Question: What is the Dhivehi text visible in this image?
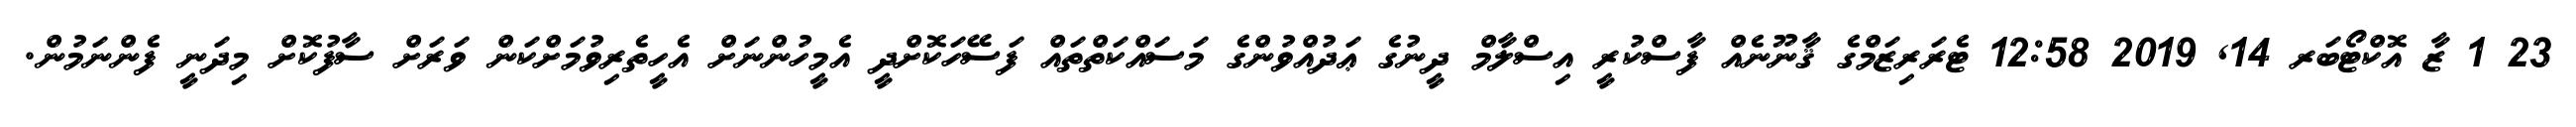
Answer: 23 1 ޒާ އޮކްޓޯބަރ 14, 2019 12:58 ޓެރަރިޒަމްގެ ޤާނޫނެއް ފާސްކުރީ އިސްލާމް ދީނުގެ ޢަދުއްވުންގެ މަސައްކަތްތައް ފަސޭހަކޮށްދީ އެމީހުންނަށް އެހީތެރިވުމަށްކަން ވަރަށް ސާފުކޮށް މިދަނީ ފެންނަމުން.